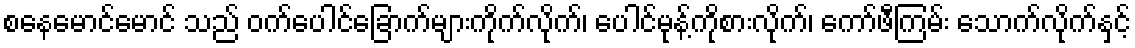
စနေမောင်မောင် သည် ဝက်ပေါင်ခြောက်များကိုက်လိုက်၊ ပေါင်မုန့်ကိုစားလိုက်၊ ကော်ဖီကြမ်း သောက်လိုက်နှင့်